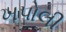
ખપોલી